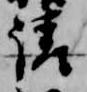
請